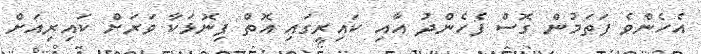
އެހެންވެ ފަތަމުން ގޮސް ފެހެންދު އާއި ކައިރީގައި އޮތް ފިނޮޅަކާ ވަރަށް ކައިރިއަށް